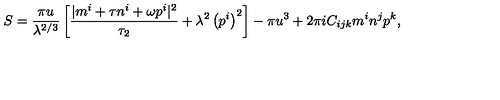
S = \frac { \pi u } { \lambda ^ { 2 / 3 } } \left[ \frac { | m ^ { i } + \tau n ^ { i } + \omega p ^ { i } | ^ { 2 } } { \tau _ { 2 } } + \lambda ^ { 2 } \left( p ^ { i } \right) ^ { 2 } \right] - \pi u ^ { 3 } + 2 \pi i C _ { i j k } m ^ { i } n ^ { j } p ^ { k } ,